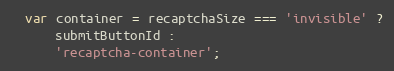
Language: JavaScript
  var container = recaptchaSize === 'invisible' ?
      submitButtonId :
      'recaptcha-container';